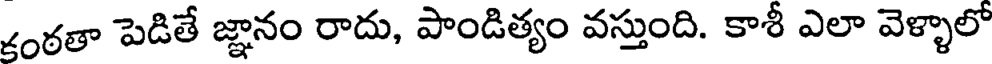
కంఠతా పెడితే జ్ఞానం రాదు, పాండిత్యం వస్తుంది. కాశీ ఎలా వెళ్ళాలో